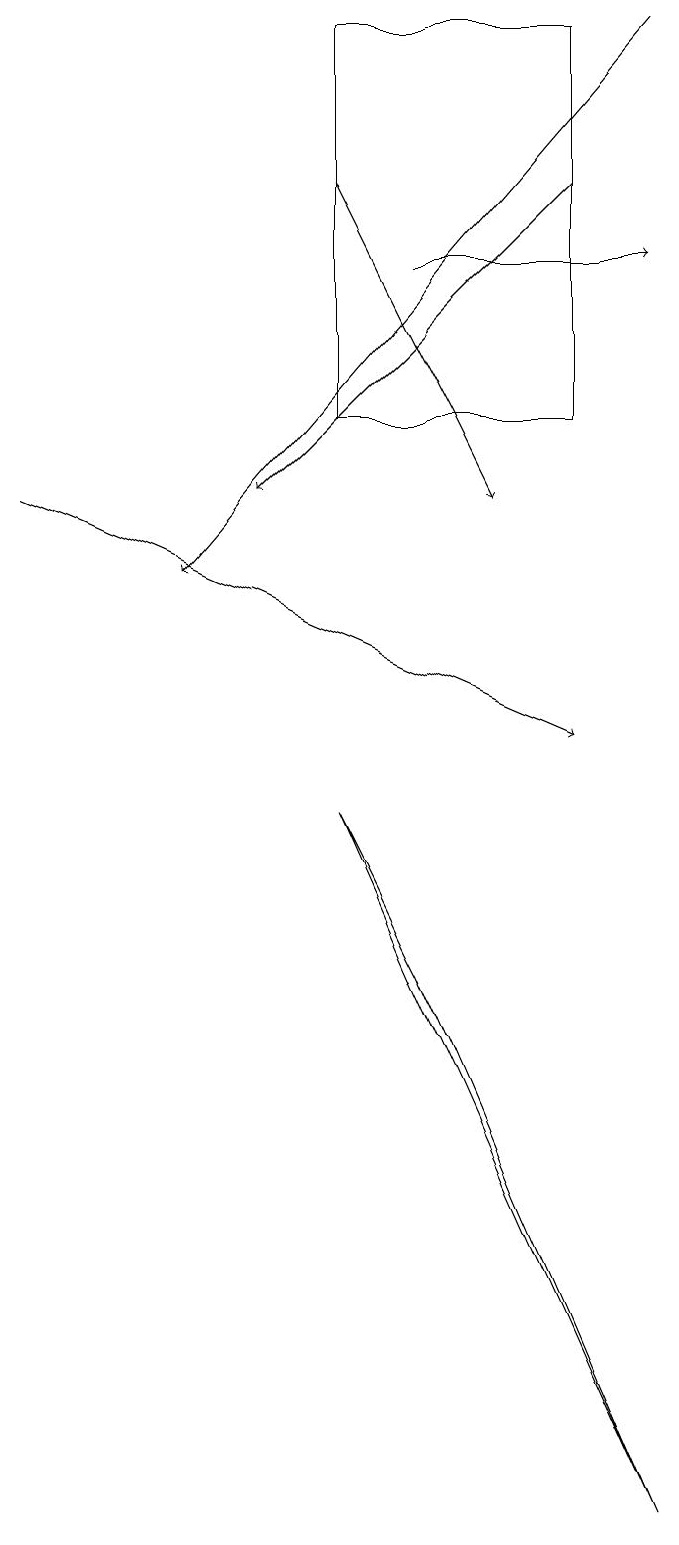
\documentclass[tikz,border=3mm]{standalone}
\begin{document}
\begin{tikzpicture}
\draw[->] (5,17) -- (7,13);
\draw[->] (9,19) -- (3,12);
\draw[->] (1,13) -- (8,10);
\draw[->] (8,17) -- (4,13);
\draw (8,14) rectangle (5,19);
\draw[->] (6,16) -- (9,16);
\draw (5,9) -- (6,7) -- (9,0) -- cycle;
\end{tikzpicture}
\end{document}